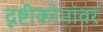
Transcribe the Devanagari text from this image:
दृष्टीकोनांवर